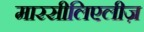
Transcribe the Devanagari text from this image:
मारसीलिएलीज़